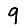
Digit: 9